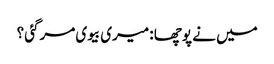
میں نے پوچھا : میری بیوی مرگئی ؟